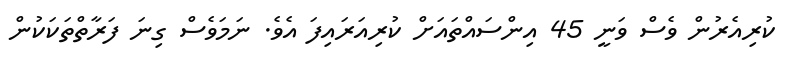
ކުރިއެރުން ވެސް ވަނީ 45 އިންސައްތައަށް ކުރިއަރައިފަ އެވެ. ނަމަވެސް ގިނަ ފަރާތްތަކަކުން